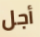
أجل